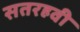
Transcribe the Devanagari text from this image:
सतरहवी